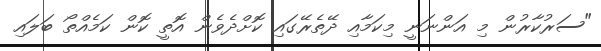
"ސަރުކާރުން މި އަންނަނީ މިކަމާއި ދޭތެރޭގައި ކޮށްދެވެން އޮތީ ކޮން ކަމެއްތޯ ބަލައި